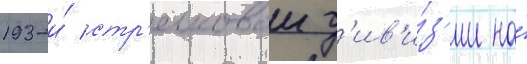
193-и́ стр'елковои д'ив'и́з'ии на́